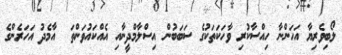
ލޯބިވެރިޔާ އަހަންނާ ހިއްސާކުރި ވާހަކަތަކުގެ ސަބަބުން އިސްލާމްދީނާއި އެއްކައުވަންތަ  އާމެދު އަހަރެންގެ